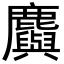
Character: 𪋮